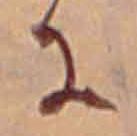
に